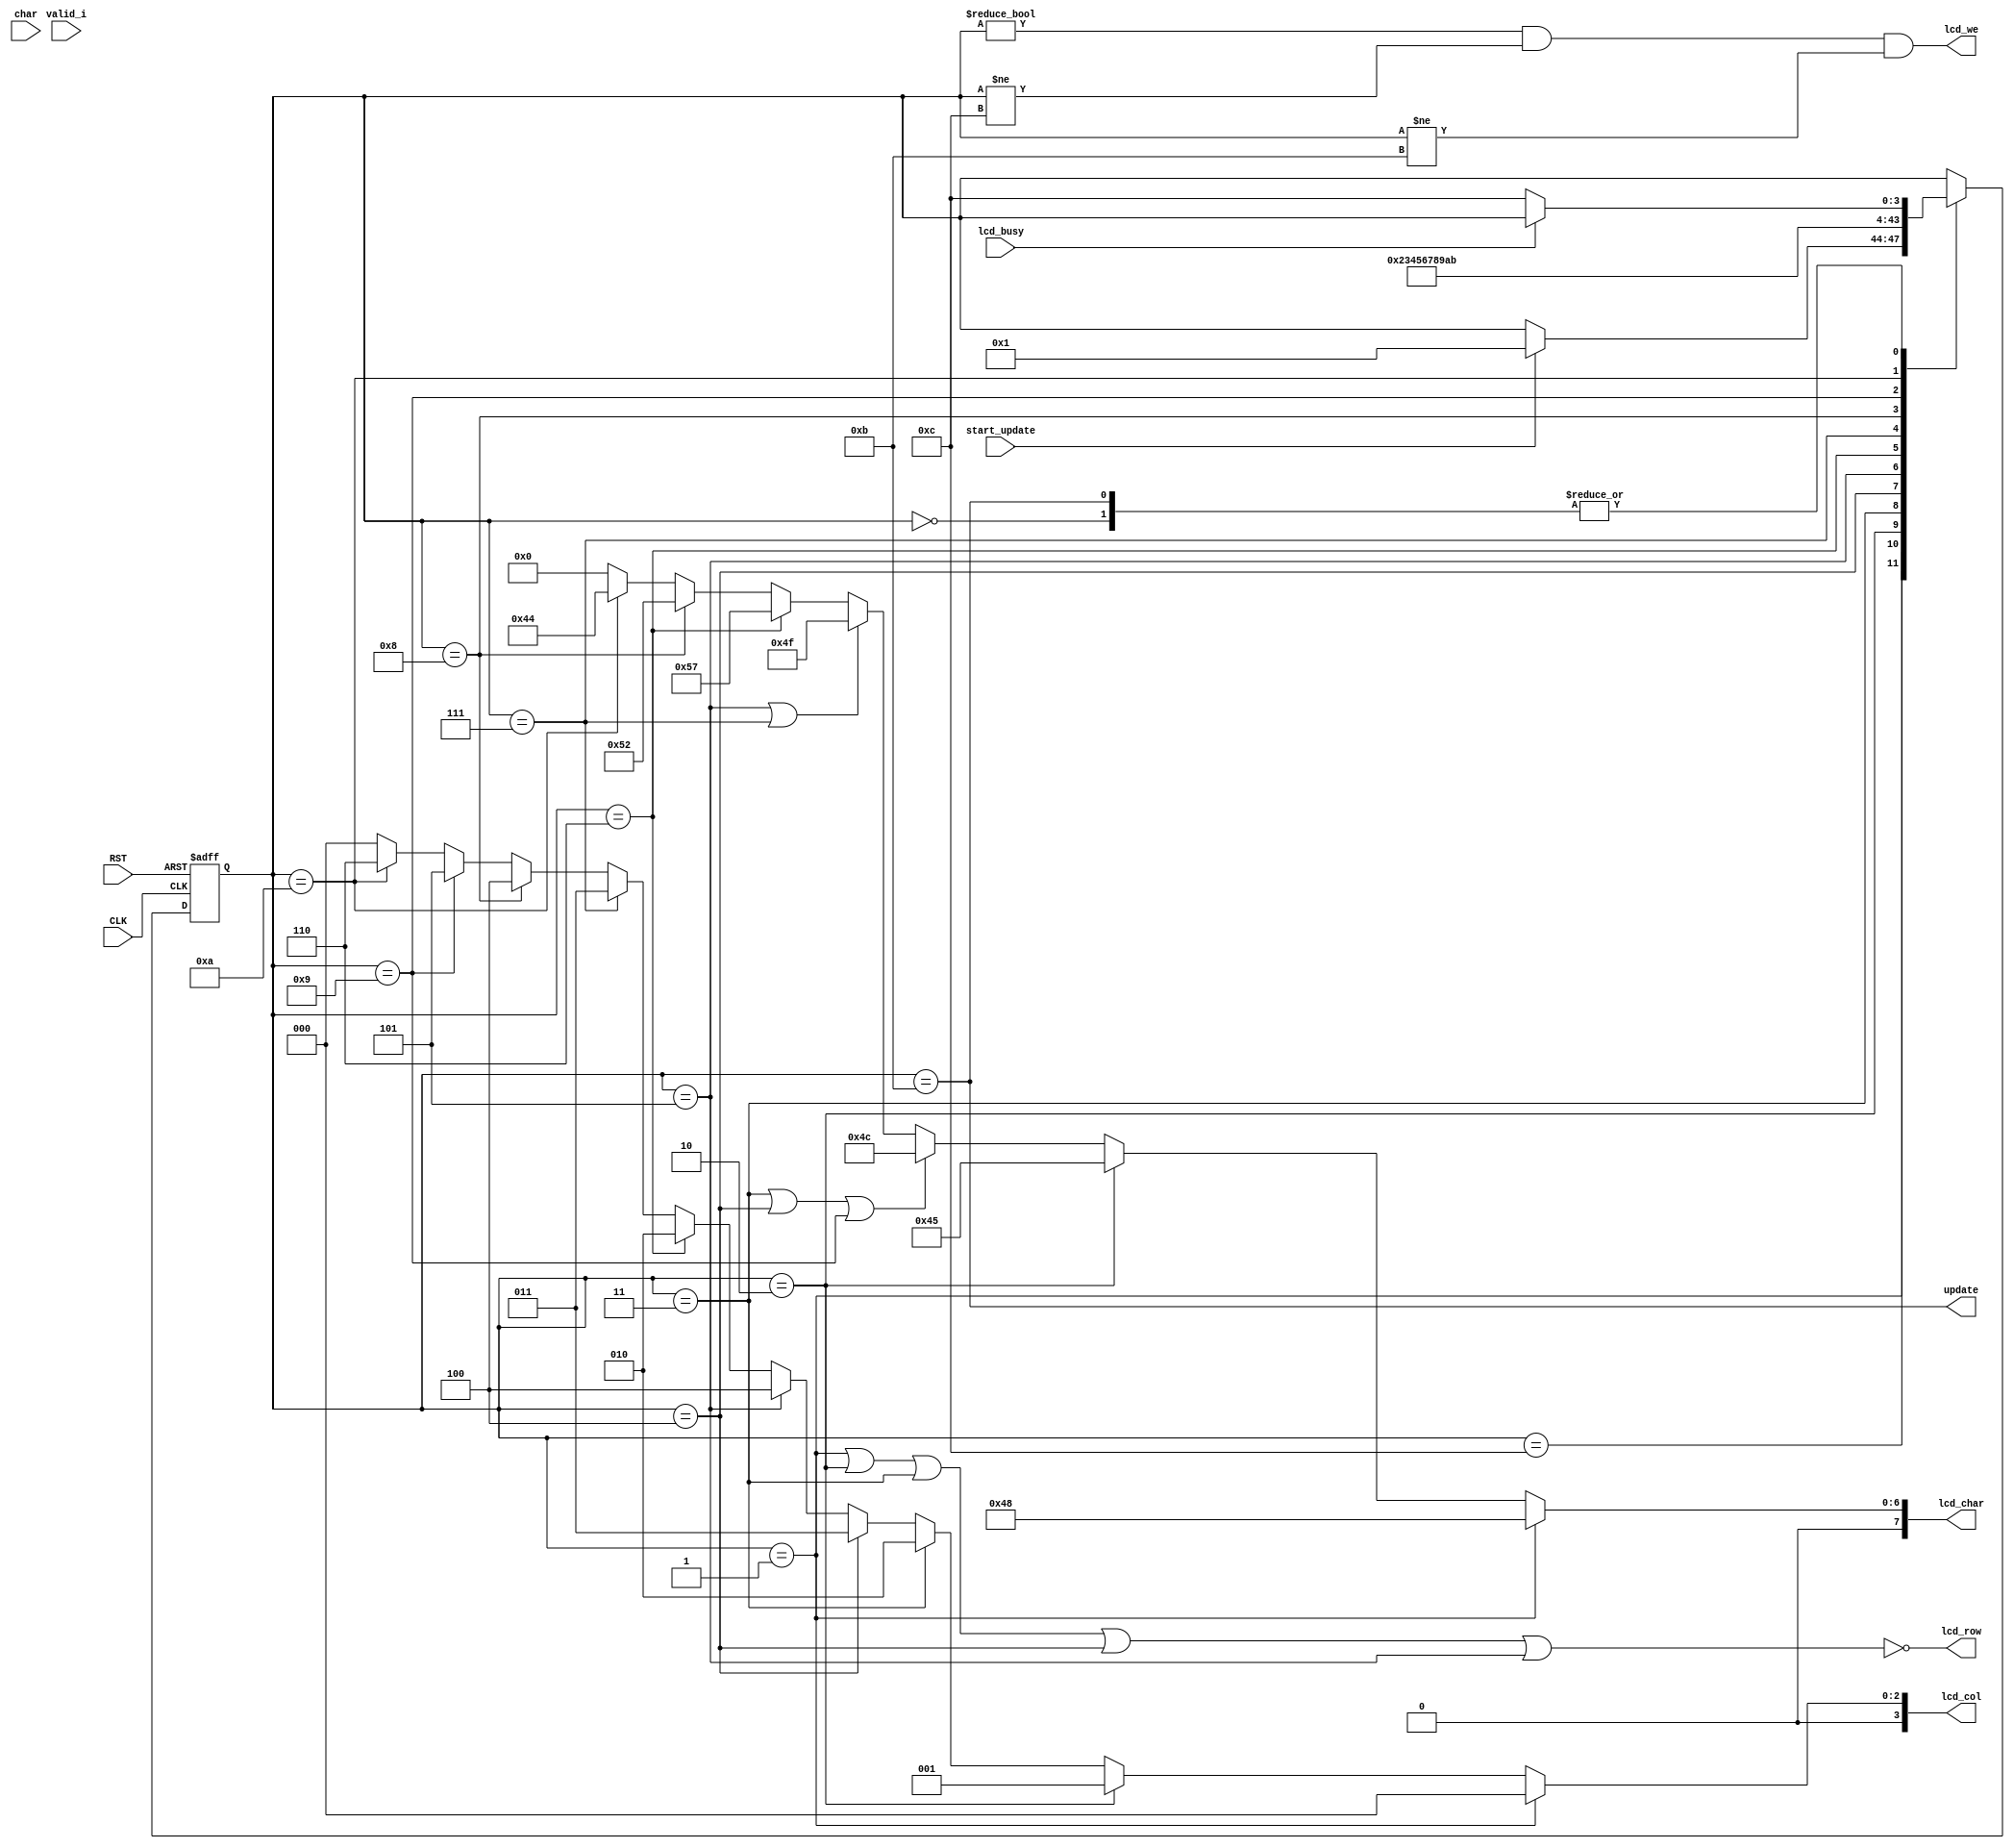

module lcd_control
  (
   input        CLK,
   input        RST,

   output       update,
   output       lcd_row, 
   output [3:0] lcd_col,
   output [7:0] lcd_char,
   output       lcd_we,

   input        lcd_busy,

   input        valid_i,
   input        start_update,
   input [7:0]  char
   );

`define SW 4
   parameter s_wait_init = `SW'd0;
   parameter s_h         = `SW'd1;
   parameter s_e         = `SW'd2;
   parameter s_l1        = `SW'd3;
   parameter s_l2        = `SW'd4;
   parameter s_o1        = `SW'd5;
   parameter s_w         = `SW'd6;
   parameter s_o2        = `SW'd7;
   parameter s_r         = `SW'd8;
   parameter s_l3        = `SW'd9;
   parameter s_d         = `SW'd10;
   parameter s_update    = `SW'd11;
   parameter s_idle      = `SW'd12;

   reg [`SW-1:0] state;
`undef SW

   assign lcd_char = state == s_h ? "H" :
                     state == s_e ? "E":
                     state == s_l1 || state == s_l2 || state == s_l3 ? "L" :
                     state == s_o1 || state == s_o2 ? "O" :
                     state == s_w ? "W" :
                     state == s_r ? "R" :
                     state == s_d ? "D" :
                     8'h0;
   assign lcd_we   = state != s_wait_init && state != s_idle && state != s_update;
   assign lcd_row  = !(state == s_h
                       || state == s_e
                       || state == s_l1
                       || state == s_l2
                       || state == s_o1);
   assign update = state == s_update;
   assign lcd_col = 
                    state == s_h?  3'd0 : 
                    state == s_e?  3'd1 : 
                    state == s_l1? 3'd2 : 
                    state == s_l2? 3'd3 : 
                    state == s_o1? 3'd4 : 
                    state == s_w?  3'd2 : 
                    state == s_o2? 3'd3 : 
                    state == s_r?  3'd4 : 
                    state == s_l3? 3'd5 : 
                    state == s_d?  3'd6 :
                    3'h0;
                       
   always @(posedge CLK or negedge RST)
     if (!RST) begin
        state <= s_wait_init;
     end else begin
        case (state)
          s_wait_init: 
            if (!lcd_busy)
              state <= s_idle;

          s_idle:
            if (start_update)
              state <= s_h;

          s_h:
            state <= s_e;

          s_e:
            state <= s_l1;
          
          s_l1:
            state <= s_l2;
          
          s_l2:
            state <= s_o1;
          
          s_o1:
            state <= s_w;
          
          s_w:
            state <= s_o2;
          
          s_o2:
            state <= s_r;
          
          s_r:
            state <= s_l3;

          s_l3:
            state <= s_d;
          
          s_d:
            state <= s_update;
          
          s_update:
            if (!lcd_busy)
              state <= s_idle;
          
          default: ;
        endcase
     end

endmodule